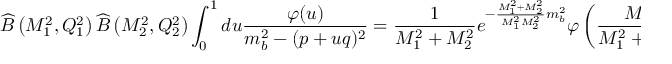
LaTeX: \widehat { B } \left( M _ { 1 } ^ { 2 } , Q _ { 1 } ^ { 2 } \right) \widehat { B } \left( M _ { 2 } ^ { 2 } , Q _ { 2 } ^ { 2 } \right) \int _ { 0 } ^ { 1 } d u \frac { \varphi ( u ) } { m _ { b } ^ { 2 } - ( p + u q ) ^ { 2 } } = \frac { 1 } { M _ { 1 } ^ { 2 } + M _ { 2 } ^ { 2 } } e ^ { - \frac { M _ { 1 } ^ { 2 } + M _ { 2 } ^ { 2 } } { M _ { 1 } ^ { 2 } M _ { 2 } ^ { 2 } } m _ { b } ^ { 2 } } \varphi \left( \frac { M _ { 1 } ^ { 2 } } { M _ { 1 } ^ { 2 } + M _ { 2 } ^ { 2 } } \right) .